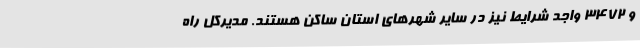
و 3472 واجد شرایط نیز در سایر شهرهای استان ساکن هستند. مدیرکل راه